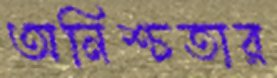
অনিশ্চতার